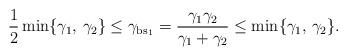
LaTeX: \begin{align*} \frac{1}{2}\min\{\gamma_1,\,\gamma_2\} \le \gamma_{\mathrm{bs}_1} = \frac{\gamma_1\gamma_2}{\gamma_1+\gamma_2} \le \min\{\gamma_1,\,\gamma_2\}.\end{align*}